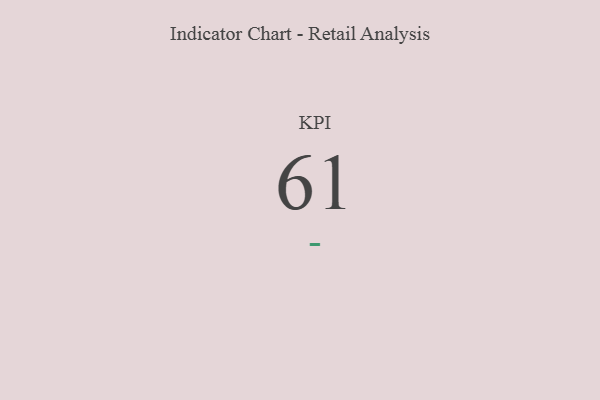
{"axis": {"x": "KPI", "y": "Value"}, "legend": [""], "data": [{"x": "KPI", "y": 61, "type": ""}]}